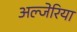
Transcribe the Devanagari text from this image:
अल्जेरिया